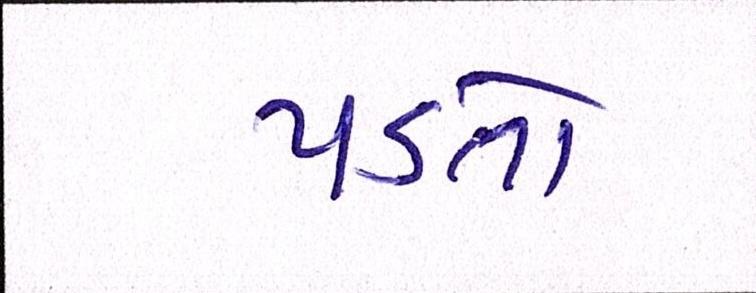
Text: પડતો